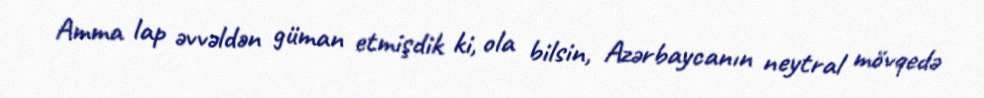
Amma lap əvvəldən güman etmişdik ki, ola bilsin, Azərbaycanın neytral mövqedə